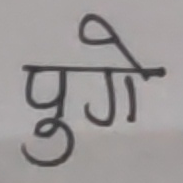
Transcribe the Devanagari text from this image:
पुगे